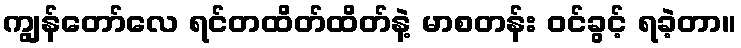
ကျွန်တော်လေ ရင်တထိတ်ထိတ်နဲ့ မာစတန်း ဝင်ခွင့် ရခဲ့တာ။